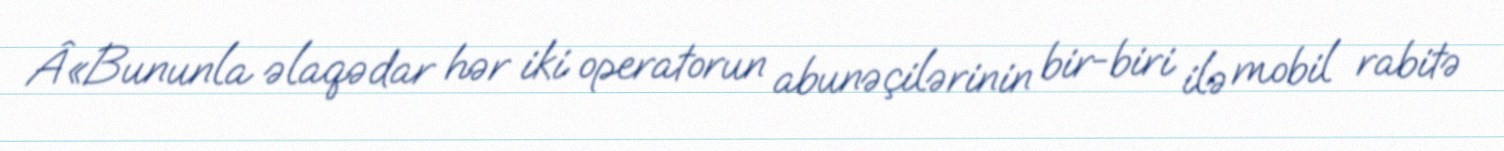
Â«Bununla əlaqədar hər iki operatorun abunəçilərinin bir-biri ilə mobil rabitə